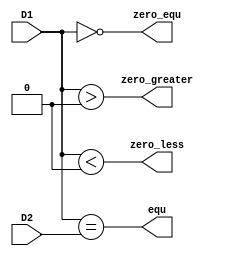
// This program was cloned from: https://github.com/SilenceX12138/MIPS-Microsystems
// License: MIT License

module CMP(D1,D2,equ,zero_greater,zero_equ,zero_less);
//interface
	input [31:0] D1;
    input [31:0] D2;

    output equ;
	
	output zero_greater;
	output zero_equ;
	output zero_less;

//combinational logic
    assign equ=(D1==D2);
	assign zero_greater=($signed(D1)>0);
	assign zero_equ=($signed(D1)==0);
	assign zero_less=($signed(D1)<0);

endmodule